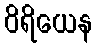
ဝိရိယေန